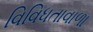
વિવિધતાવાળા